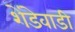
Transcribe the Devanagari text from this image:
शेंडेवाडी